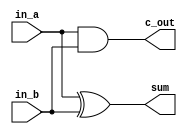
module half_adder(
  in_a,
  in_b,
  c_out,
  sum
);

input in_a;
input in_b;
output c_out;
output sum;

assign c_out = in_a & in_b; 
assign sum = in_a ^ in_b;

endmodule